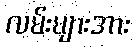
လမ်းများအား